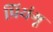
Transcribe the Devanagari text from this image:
प्रियंगू